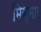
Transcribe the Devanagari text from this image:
मिस्मार